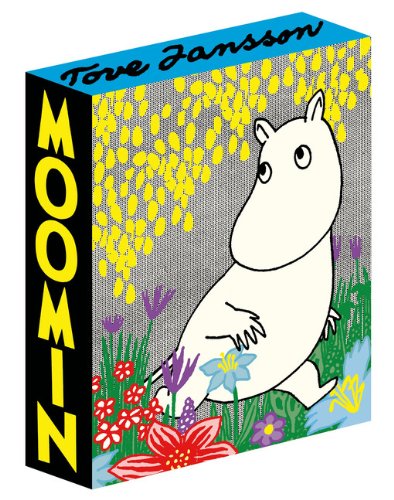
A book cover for Moomin: The Deluxe Anniversary Edition; Tove Jansson; Comics & Graphic Novels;